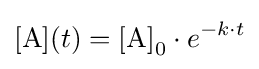
{[\mathrm {A} ]}(t)={[\mathrm {A} ]}_{0}\cdot e^{-k\cdot t}